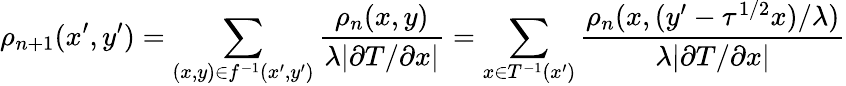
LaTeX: \rho_{n+1}(x^{\prime},y^{\prime})=\sum_{(x,y)\in f^{-1}(x^{\prime},y^{\prime})}\frac{\rho_{n}(x,y)}{\lambda|\partial T/\partial x|}=\sum_{x\in T^{-1}(x^{\prime})}\frac{\rho_{n}(x,(y^{\prime}-\tau^{1/2}x)/\lambda)}{\lambda|\partial T/\partial x|}